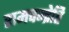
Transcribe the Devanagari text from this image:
रामचन्द्रेति